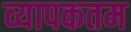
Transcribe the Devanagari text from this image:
व्यापकतम